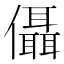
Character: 㒤